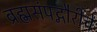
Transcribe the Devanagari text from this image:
ब्रह्मसंपद्गौरींचे